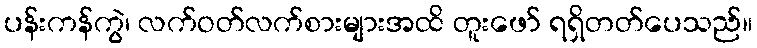
ပန်းကန်ကွဲ၊ လက်ဝတ်လက်စားများအထိ တူးဖော် ရရှိတတ်ပေသည်။